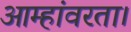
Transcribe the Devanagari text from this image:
आम्हांवरता।